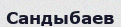
Сандыбаев